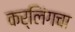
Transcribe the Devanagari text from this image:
कर्लिंगचा